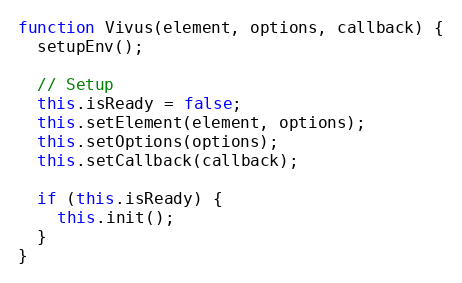
Language: JavaScript
function Vivus(element, options, callback) {
  setupEnv();

  // Setup
  this.isReady = false;
  this.setElement(element, options);
  this.setOptions(options);
  this.setCallback(callback);

  if (this.isReady) {
    this.init();
  }
}